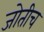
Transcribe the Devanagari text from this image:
जोतीच